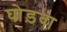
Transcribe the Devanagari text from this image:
घोड़वा